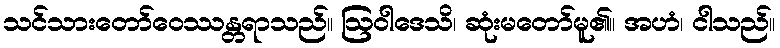
သင်သားတော်ဝေဿန္တရာသည်။ ဩဝါဒေသိ၊ ဆုံးမတော်မူ၏။ အဟံ၊ ငါသည်။